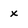
Character: x